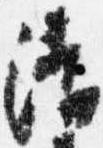
清